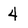
Character: 4